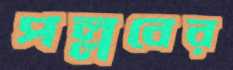
পল্লবের